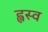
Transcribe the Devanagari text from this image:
ह्वस्व